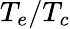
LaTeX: T_{e}/T_{c}